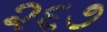
૨૬૭